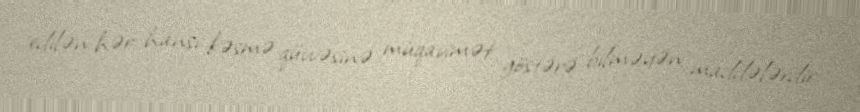
edilən hər hansı kəsmə qüvvəsinə müqavimət göstərə bilməyən maddələrdir.